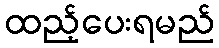
ထည့်ပေးရမည်